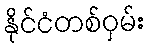
နိုင်ငံတစ်ဝှမ်း